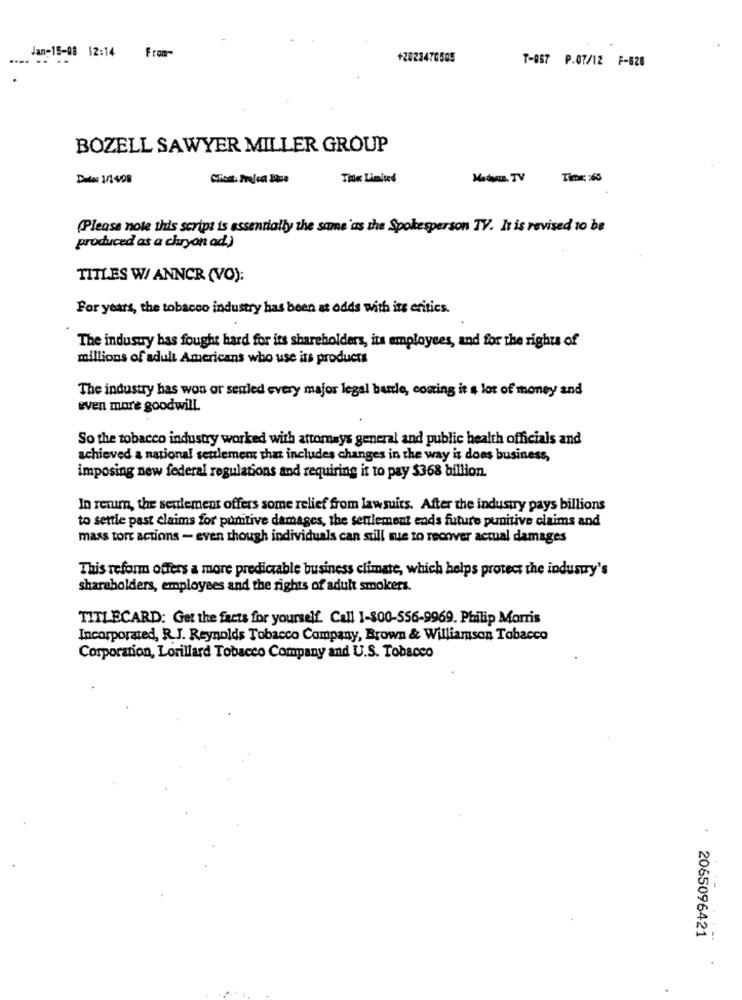
Jan-15-08 12:14
From-
+2023470505
T-067 P.07/12 F-626
BOZELL SAWYER MILLER GROUP
Data: 1/1408
The Limited
Time: : 60
(Please note this script is essentially the same as the Spokesperson TV. It is revised 10 be
produced as a chryon ad)
TITLES W/ ANNCR (VO):
For years, the tobacco industry has been at odds with its critics.
The indusuy has fought hard for its shareholders, its employees, and for the rights of
millions of adult Americans who use its products
The industry has won or senled every major legal battle, costing it a lot of money and
even more goodwill.
So the tobacco industry worked with attomays general and public health officials and
achieved a national seulement that includes changes in the way it does business,
imposing new federal regulations and requiring it to pay $368 billion.
In return, the settlement offers some relief from lawsuits. After the industry pays billions
to settle past claims for punitive damages, the senlement ends future punitive claims and
mass torr actions - even though individuals can still sue to recover actual damages
This reform offers a more predictable business climate, which helps protect the industry's
shareholders, employees and the rights of adult smokers.
TITLECARD: Get the facts for yourself. Call 1-800-556-9969. Philip Morris
Incorporated, R.J. Reynolds Tobacco Company, Brown & Williamson Tobacco
Corporation, Lorillard Tobacco Company and U.S. Tobacco
2065096421